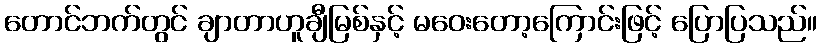
တောင်ဘက်တွင် ချာတာဟူချီမြစ်နှင့် မဝေးတော့ကြောင်းဖြင့် ပြောပြသည်။